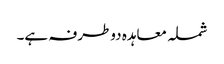
شملہ معاہدہ دوطرفہ ہے۔